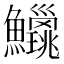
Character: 𫚅